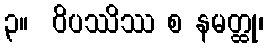
၃။  ဝိပဿိဿ စ နမတ္ထု၊